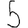
Digit: 5